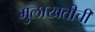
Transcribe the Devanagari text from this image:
मुलाखतीची